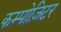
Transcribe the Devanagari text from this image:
कम्पोज़िटर